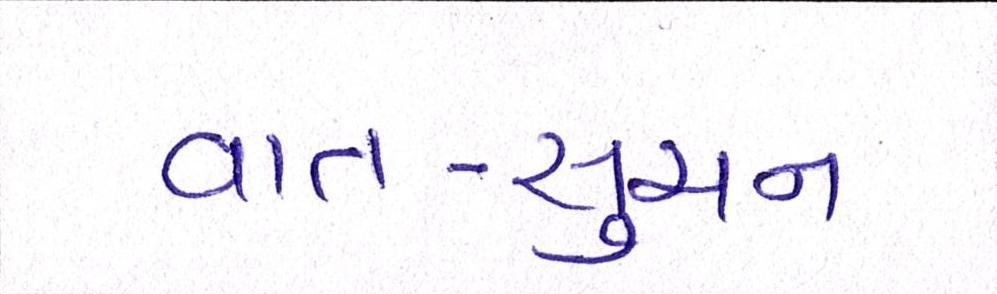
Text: વાત-સુચન